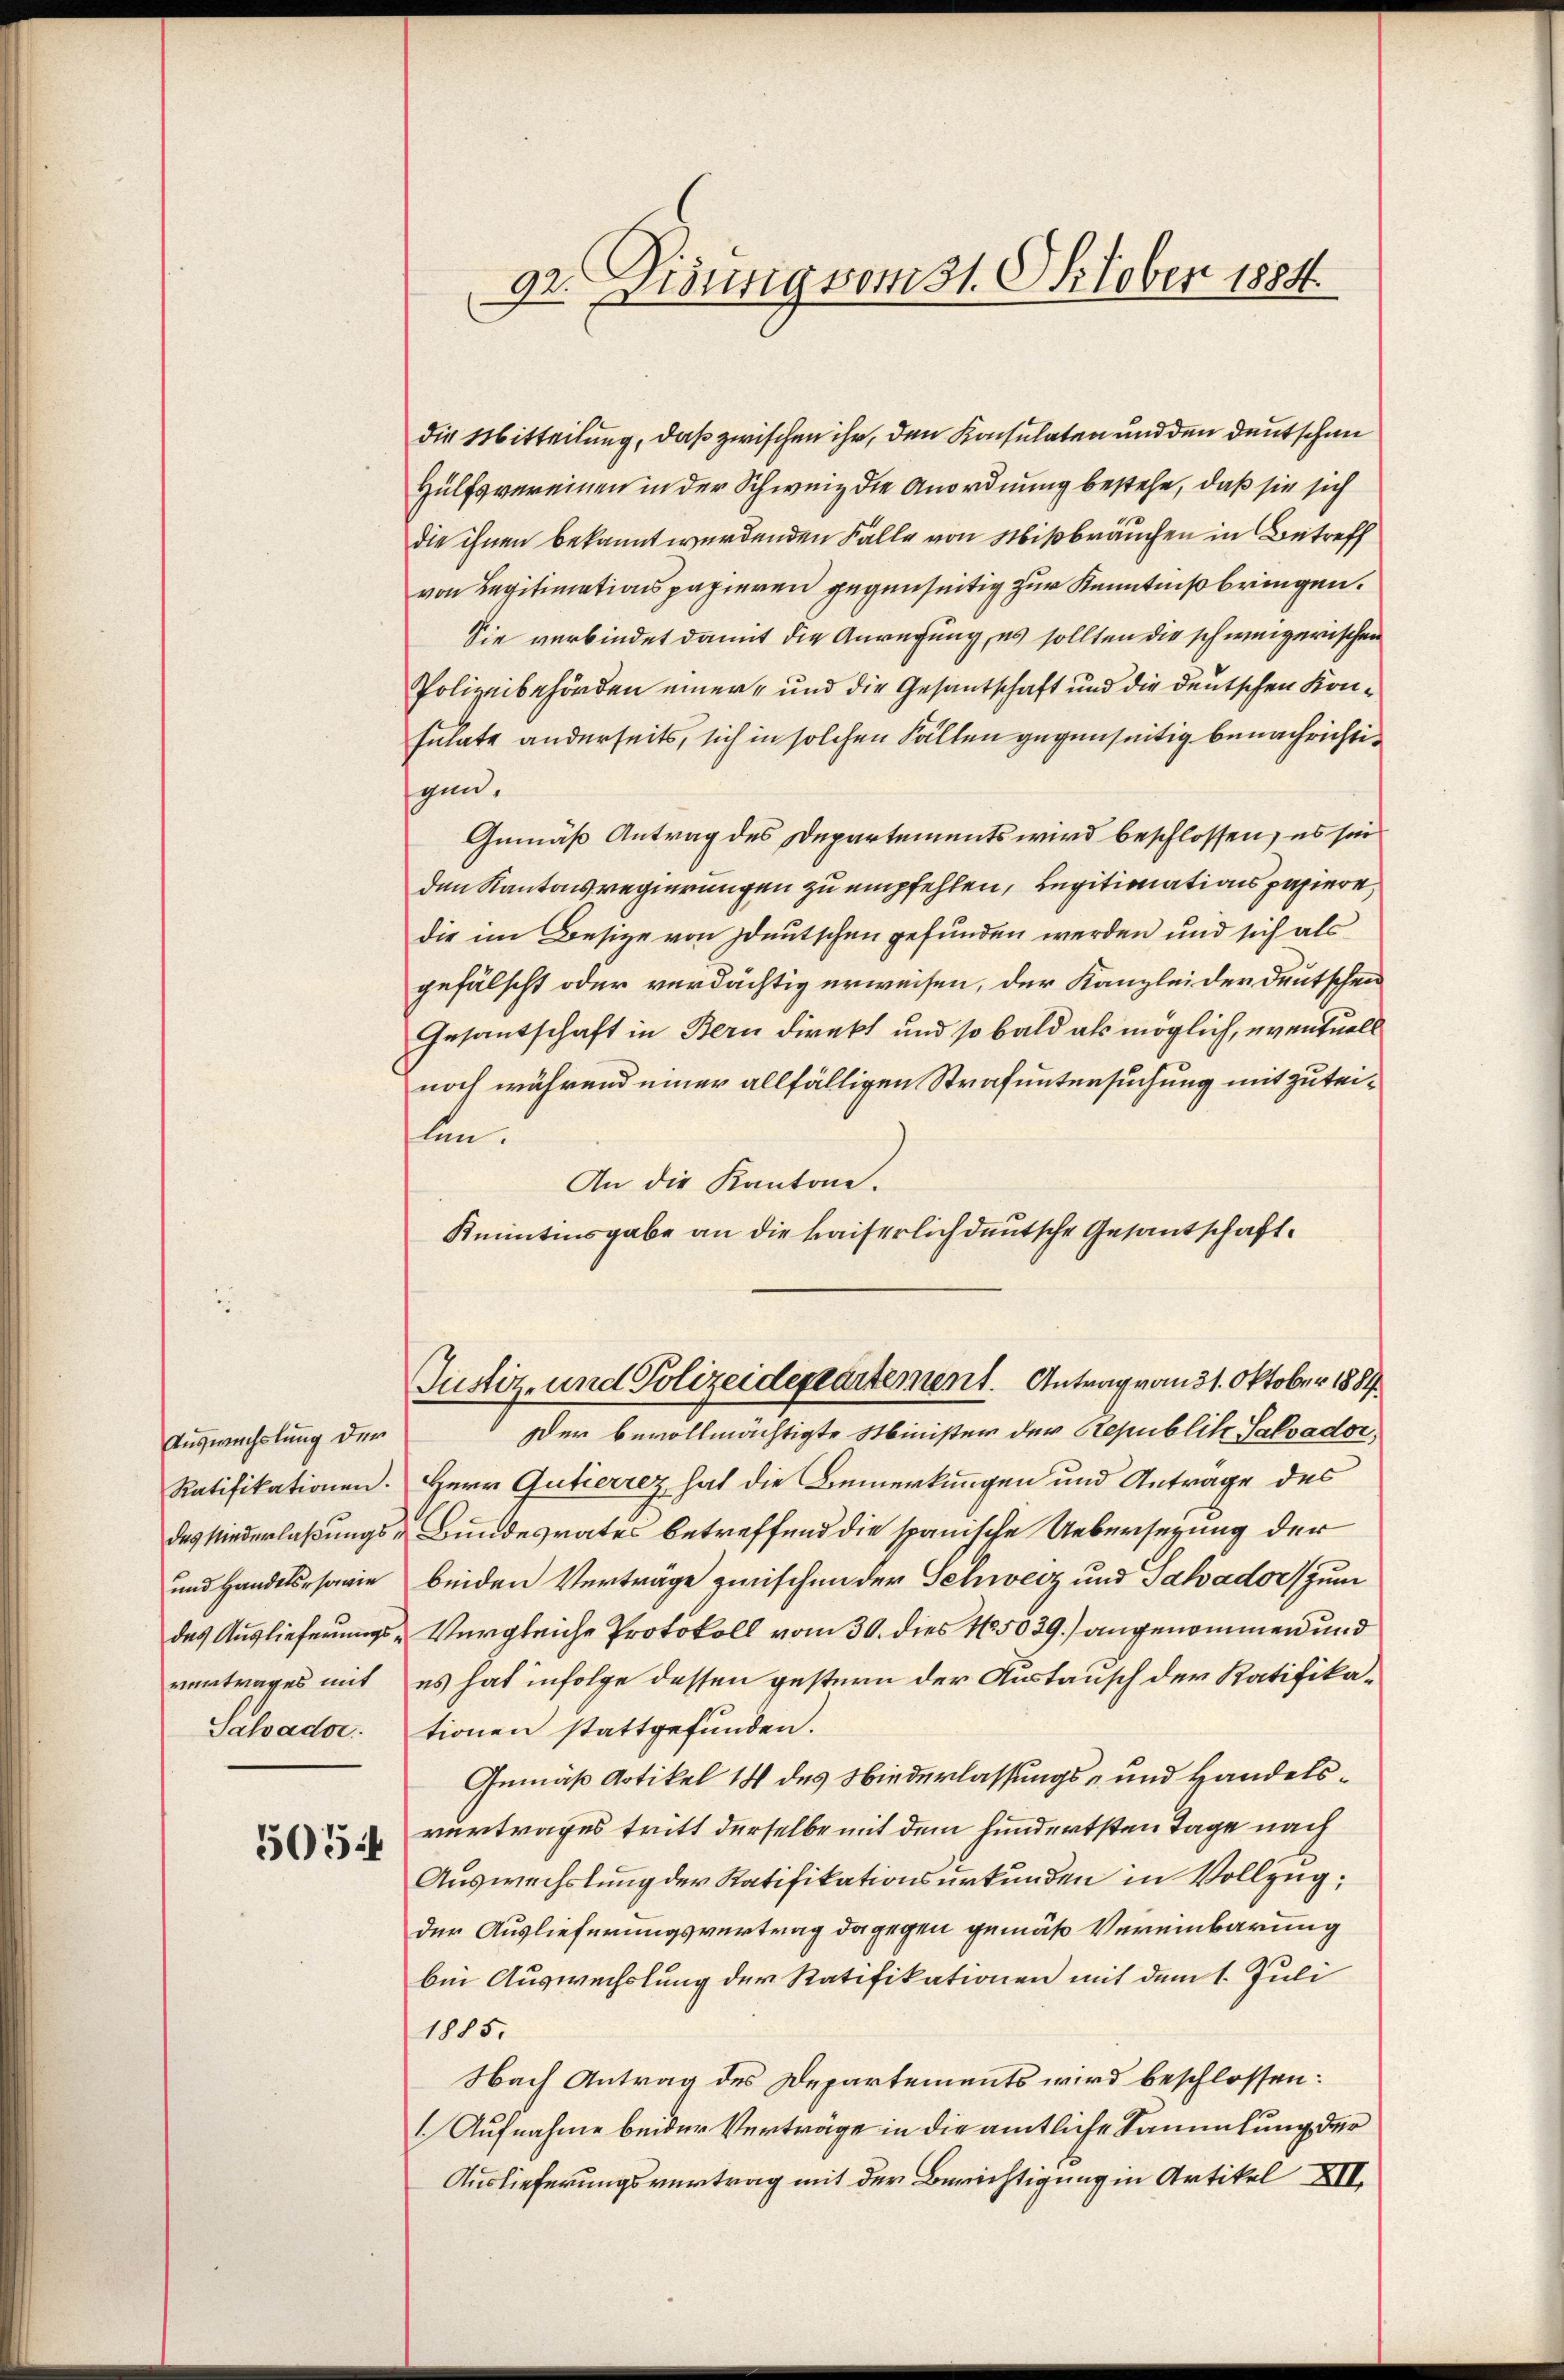
Auswechslung der
Salvadar.

5054

die Mitteilung, daß zwischen ihr, den Konsulaten und den deutschen
Hülfsvereinen in der Schweiz die Anordnung bestehe, daß sie sich
die ihnen bekannt werdenden Falle von Mißbräuchen in Betreff
von Legitimationspapieren gegenseitig zur Kenntniß bringen.
Sie verbindet damit die Anregung, es sollten die schweizerischen
Polizeibehörden einer- und die Gesantschaft und die deutschen Konsulate anderseits, sich in solchen Fällen gegenseitig benachrichtigen.
Gemäß Antrag des Departements wird beschlossen, es sei
den Kantonsregierungen zu empfehlen, Legitionationspapiere,
die im Besitze von deutschen gefunden werden und sich als
gefälscht oder verdächtig erweisen, der Kanzlei der deutschen
Gesantschaft in Bern direkt und so bald als möglich, eventuels
noch während einer allfälligen Strafuntersuchung mit zuteilen.
An die Kantone.
Kmitinsgabe an die kaiserlich deutsche Gesantschaft¬

92. Disung vom 31. Oktober 1884.

Justiz- und Polizeidepartement. Antrag von 31. Oktober 1881

Der bevollmächtigte Minister der Republik Salvador,
Ratifikationen. Herr Gutierrez hat die Bemerkungen und Antrage des
das Niederlaßungs- Bundesrates betreffend die spanische Uebersezung der
und Handelsrsowie beiden Vertrage zwischen der Schweiz und Jahadorf zum
des Auslieferungs-Vergleiche Protokoll vom 30. dies 185039) angenommen und
vertrages mit es hat infolge dessen gestern der Austausch der Ratifikationen stattgefunden.
Gemäß Artikel 14 des Niederlassungs- und Handelsvertrages tritt derselbe mit dem hundertsten Tage nach
Auswechslung der Ratifikationsurkunden in Vollzug:
der Auslieferungsvertrag dagegen gemäß Vereinbarung
bei Auswechslung der Ratifikationen mit dem 1. Juli
1885.
Nach Antrag des Departements wird beschlossen:
1. Aufnahme beider Verträge in die amtliche Sammlung der
Auslieferungsvertrag mit der Berichtigung in Artikel XII.